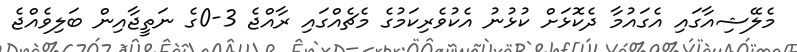
މެލޭޝިއާގައި އެގައުމާ ދެކޮޅަށް ކުޅުނު އެކުވެރިކަމުގެ މެޗެއްގައި ރާއްޖެ 3-0ގެ ނަތީޖާއިން ބަލިވެއްޖެ